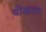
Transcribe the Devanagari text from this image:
पोखरत